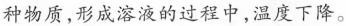
种物质，形成溶液的过程中，温度下降。